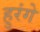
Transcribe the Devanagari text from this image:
हुरंगे